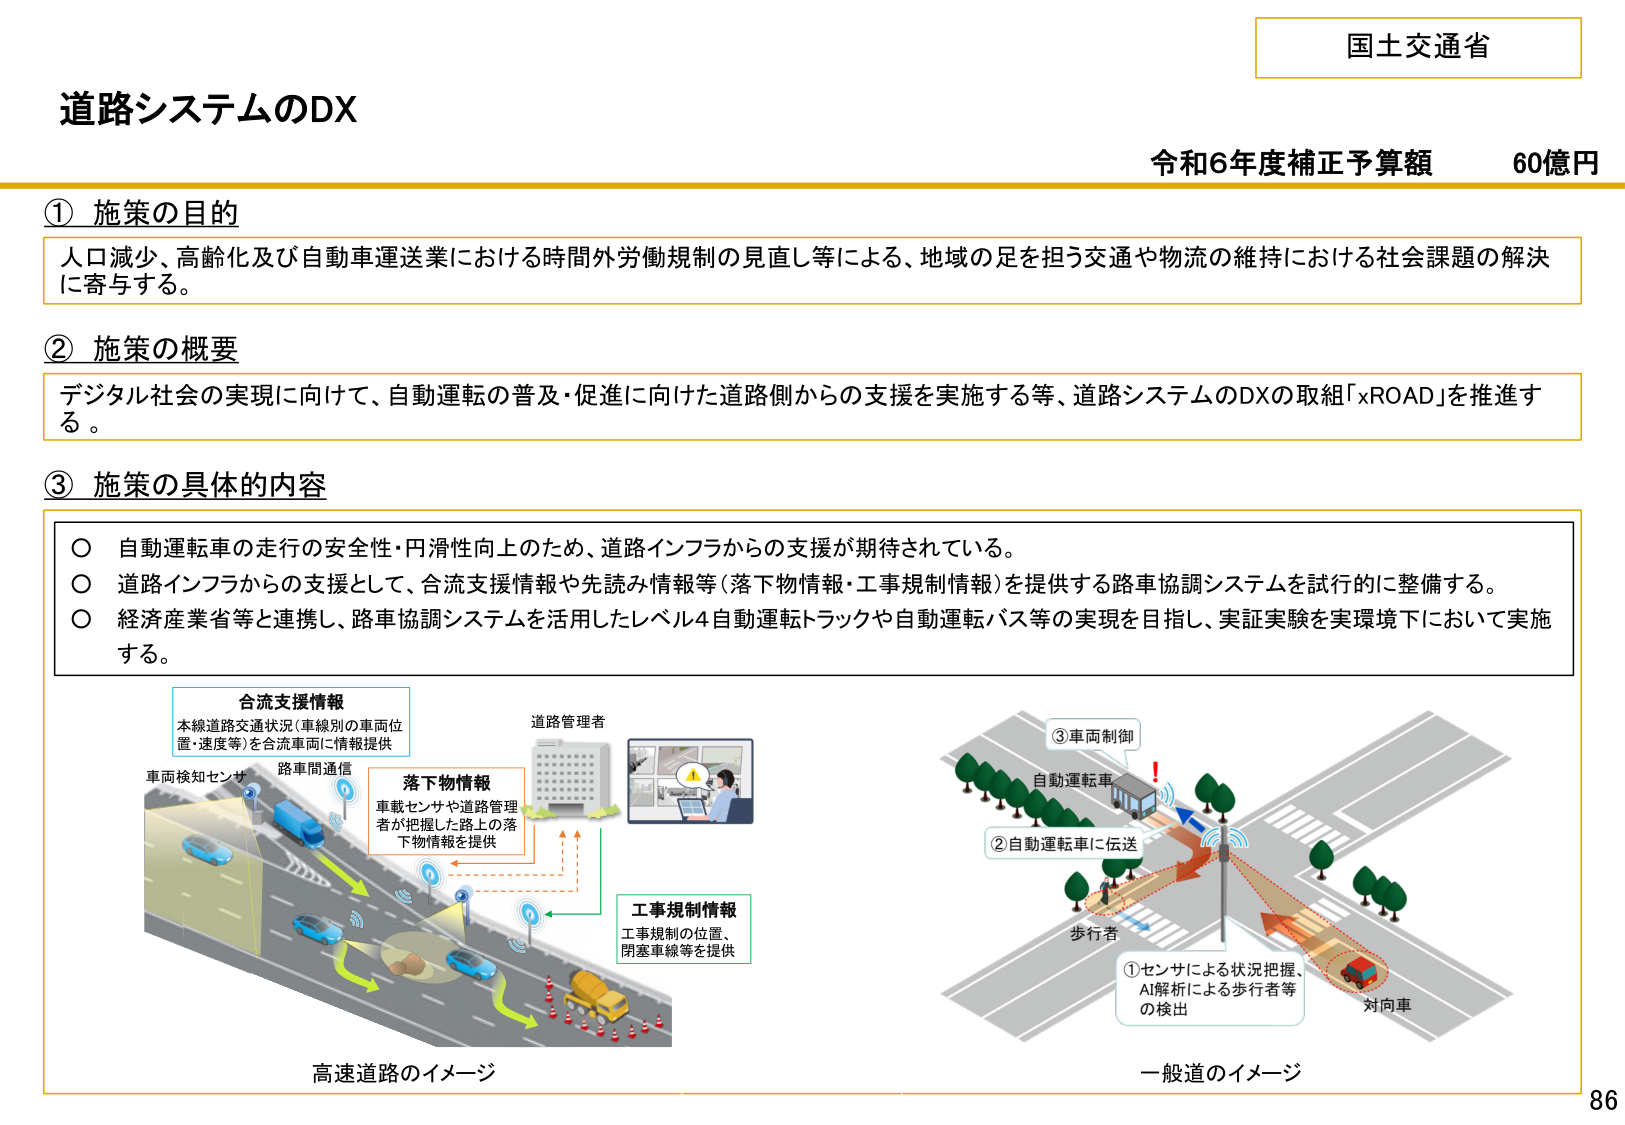
国土交通省
道路システムのDX
令和6年度補正予算額 60億円

① 施策の目的
人口減少、高齢化及び自動車運送業における時間外労働規制の見直し等による、地域の足を担う交通や物流の維持における社会課題の解決に寄与する。

② 施策の概要
デジタル社会の実現に向けて、自動運転の普及・促進に向けた道路側からの支援を実施する等、道路システムのDXの取組「xROAD」を推進する。

③ 施策の具体的内容
○ 自動運転車の走行の安全性・円滑性向上のため、道路インフラからの支援が期待されている。
○ 道路インフラからの支援として、合流支援情報や先読み情報等（落下物情報・工事規制情報）を提供する路車協調システムを試行的に整備する。
○ 経済産業省等と連携し、路車協調システムを活用したレベル4自動運転トラックや自動運転バス等の実現を目指し、実証実験を実環境下において実施する。

合流支援情報
本線道路交通状況（車線別の車両位置・速度等）を合流車両に情報提供

落下物情報
車載センサや道路管理者が把握した路上の落下物情報を提供

工事規制情報
工事規制の位置、閉塞車線等を提供

道路管理者

車両検知センサ
路車間通信

高速道路のイメージ

①センサによる状況把握、AI解析による歩行者等の検出
②自動運転車に伝送
③車両制御

自動運転車
歩行者
対向車

一般道のイメージ

86